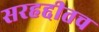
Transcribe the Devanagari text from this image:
सरहद्दीतच